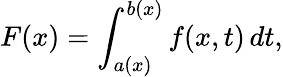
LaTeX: F(x)=\int_{a(x)}^{b(x)}f(x,t)\, dt,